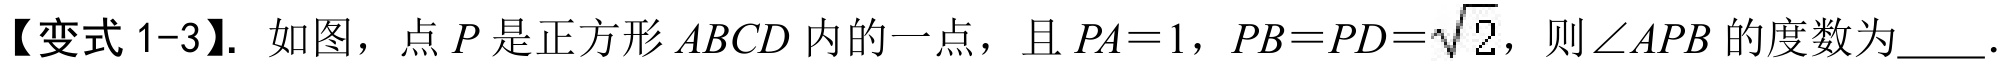
【变式 1-3】. 如图，点 \(P\) 是正方形 \(ABCD\) 内的一点，且 \(PA = 1\)，\(PB = PD=\sqrt{2}\)，则\(\angle APB\) 的度数为\(\underline{\quad\quad}\)．